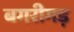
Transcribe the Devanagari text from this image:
बगरीगड़